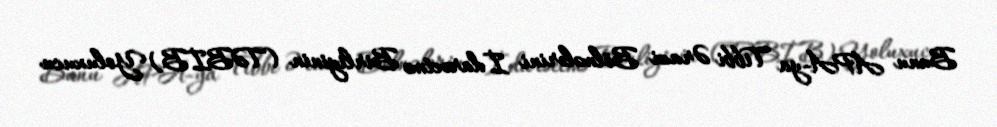
Bunu APA-ya Tibbi Ərazi Bölmələrini İdarəetmə Birliyinin (TƏBİB) Yoluxucu